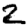
Digit: 2